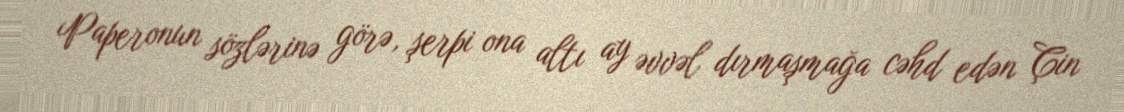
Paperonun sözlərinə görə, şerpi ona altı ay əvvəl dırmaşmağa cəhd edən Çin